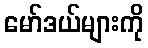
မော်ဒယ်များကို